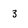
Character: 3